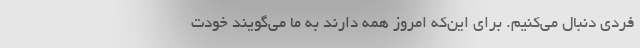
فردی دنبال می‌کنیم. برای این‌که امروز همه دارند به ما می‌گویند خودت